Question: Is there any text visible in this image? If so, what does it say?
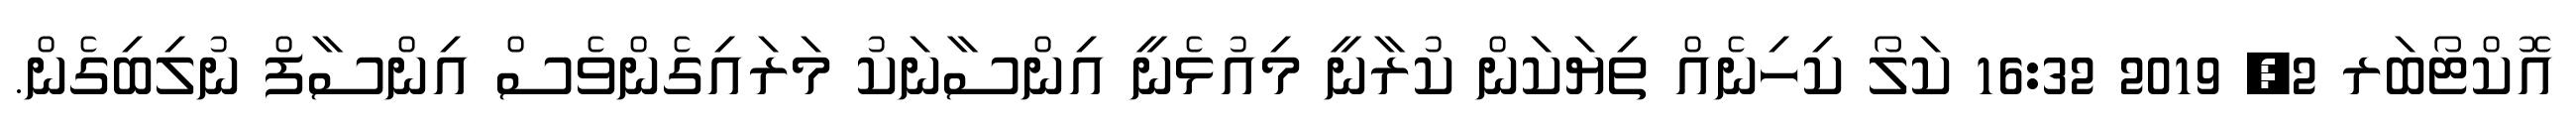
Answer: އޮކްޓޯބަރ 2, 2019 16:32 ކަލޯ ކިހިނެއް ތިޔަކަން ކުރާނީ މިއުޅެނީ އިންސާނަކު މަރައިގެންވެސް އިންސާފް ނުލިބިގެން.